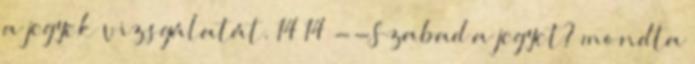
a jegyek vizsgálatát. 14 14 --Szabad a jegyet? mondta